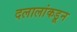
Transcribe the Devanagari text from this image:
दलालांकडून